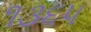
૧૩૬૫